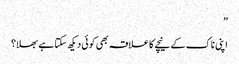
”
اپنی ناک کے نیچے کا علاقہ بھی کوئی دیکھ سکتا ہے بھلا؟